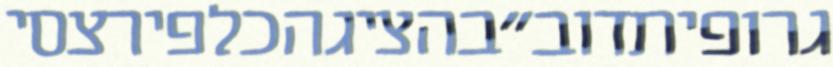
גרופיתדוב"בהציגהכלפירצסי